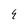
Character: E